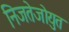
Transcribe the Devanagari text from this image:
निजतेजोयुत